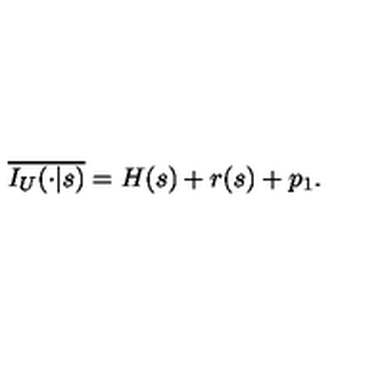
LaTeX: \overline { { I _ { U } ( \cdot | s ) } } = H ( s ) + r ( s ) + p _ { 1 } .